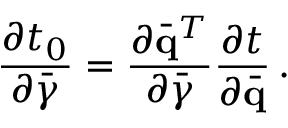
\frac { \partial t _ { 0 } } { \partial \bar { \boldsymbol { \gamma } } } = \frac { \partial \bar { \bf q } ^ { T } } { \partial \bar { \boldsymbol { \gamma } } } \frac { \partial t } { \partial \bar { \bf q } } \, .